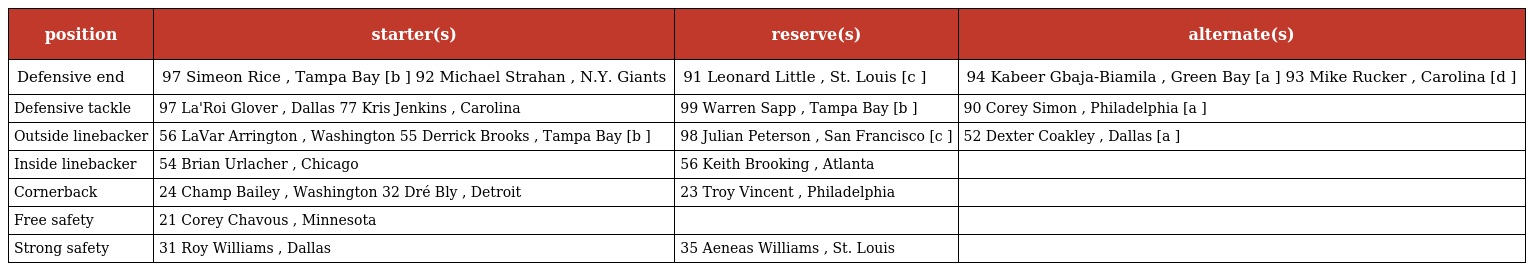
| position | starter(s) | reserve(s) | alternate(s) |
 | --- | --- | --- | --- |
 | Defensive end | 97 Simeon Rice , Tampa Bay [b ] 92 Michael Strahan , N.Y. Giants | 91 Leonard Little , St. Louis [c ] | 94 Kabeer Gbaja-Biamila , Green Bay [a ] 93 Mike Rucker , Carolina [d ] |
 | Defensive tackle | 97 La'Roi Glover , Dallas 77 Kris Jenkins , Carolina | 99 Warren Sapp , Tampa Bay [b ] | 90 Corey Simon , Philadelphia [a ] |
 | Outside linebacker | 56 LaVar Arrington , Washington 55 Derrick Brooks , Tampa Bay [b ] | 98 Julian Peterson , San Francisco [c ] | 52 Dexter Coakley , Dallas [a ] |
 | Inside linebacker | 54 Brian Urlacher , Chicago | 56 Keith Brooking , Atlanta |  |
 | Cornerback | 24 Champ Bailey , Washington 32 Dré Bly , Detroit | 23 Troy Vincent , Philadelphia |  |
 | Free safety | 21 Corey Chavous , Minnesota |  |  |
 | Strong safety | 31 Roy Williams , Dallas | 35 Aeneas Williams , St. Louis |  |